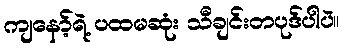
ကျနော့်ရဲ့ ပထမဆုံး သီချင်းတပုဒ်ပါပဲ။